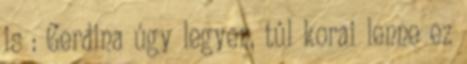
is : Gerdina úgy legyen, túl korai lenne ez